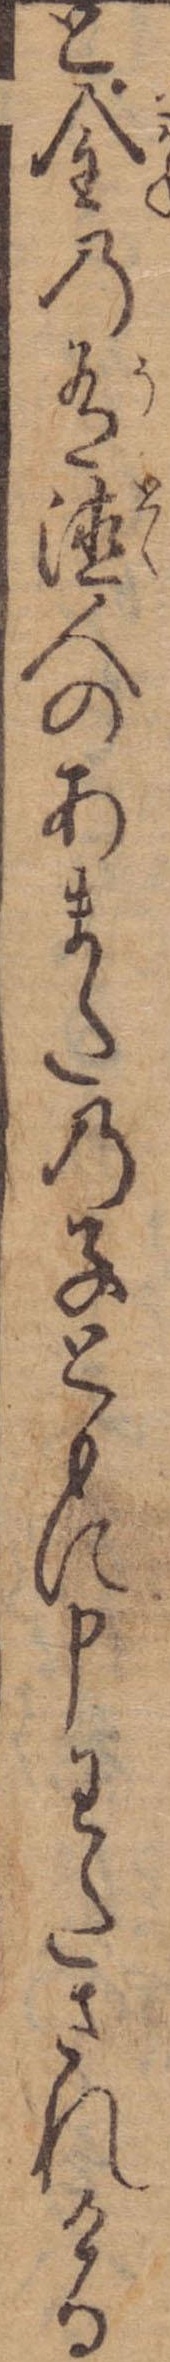
と金の有徳人のあまたの子ともに申わたされける